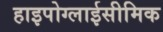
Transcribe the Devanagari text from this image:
हाइपोग्लाईसीमिक